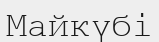
Майкүбі